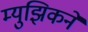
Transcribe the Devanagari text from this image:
म्युझिकने